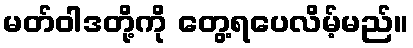
မတ်ဝါဒတို့ကို တွေ့ရပေလိမ့်မည်။